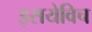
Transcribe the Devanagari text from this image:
इसयेविच